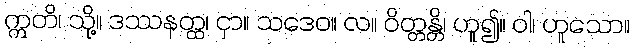
ဣတိ၊ သို့။ ဒဿနတ္ထ၊ ငှာ။ သဒေဝ။ လ။ ဝိတ္တန္တိ၊ ဟူ၍။ ဝါ၊ ဟူသော။